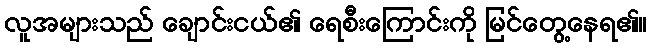
လူအများသည် ချောင်းငယ်၏ ရေစီးကြောင်းကို မြင်တွေ့နေရ၏။